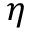
\eta